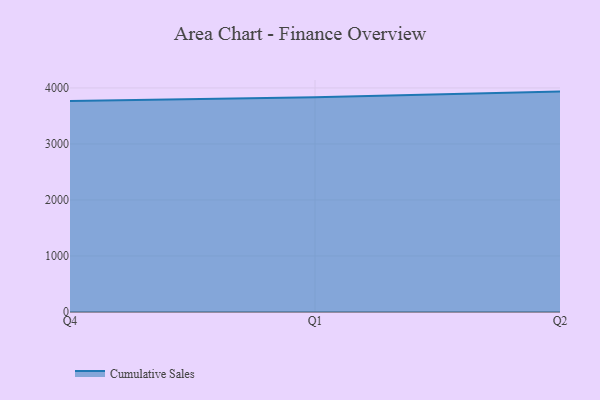
{"axis": {"x": "Quarter", "y": "LTV (USD)"}, "legend": ["Cumulative Sales"], "data": [{"x": "Q4", "y": 3767.5, "type": "Cumulative Sales"}, {"x": "Q1", "y": 3835.4, "type": "Cumulative Sales"}, {"x": "Q2", "y": 3934.5, "type": "Cumulative Sales"}]}